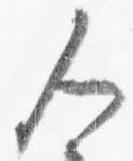
人